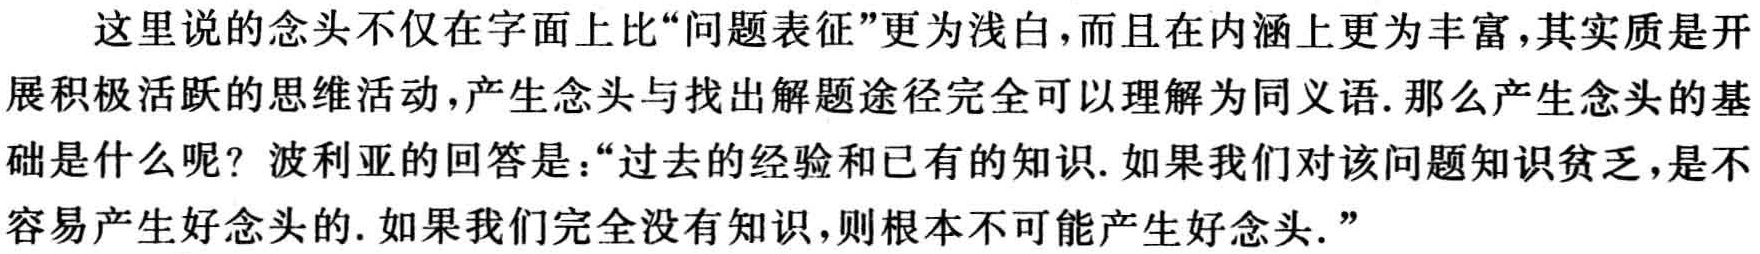
这里说的念头不仅在字面上比“问题表征”更为浅白,而且在内涵上更为丰富,其实质是开展积极活跃的思维活动,产生念头与找出解题途径完全可以理解为同义语.那么产生念头的基础是什么呢？波利亚的回答是：“过去的经验和已有的知识.如果我们对该问题知识贫乏,是不容易产生好念头的.如果我们完全没有知识,则根本不可能产生好念头.”